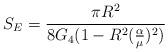
LaTeX: \begin{align*}S_{E} = \frac {\pi R^{2}}{8 G_{4} (1 - R^2 (\frac{\alpha}{\mu})^{2})} \end{align*}